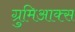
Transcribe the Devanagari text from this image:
ग्रुमिआक्स